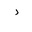
Letter: _dal